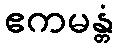
ဧကမန္တံ